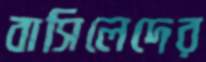
বাসিলেদের